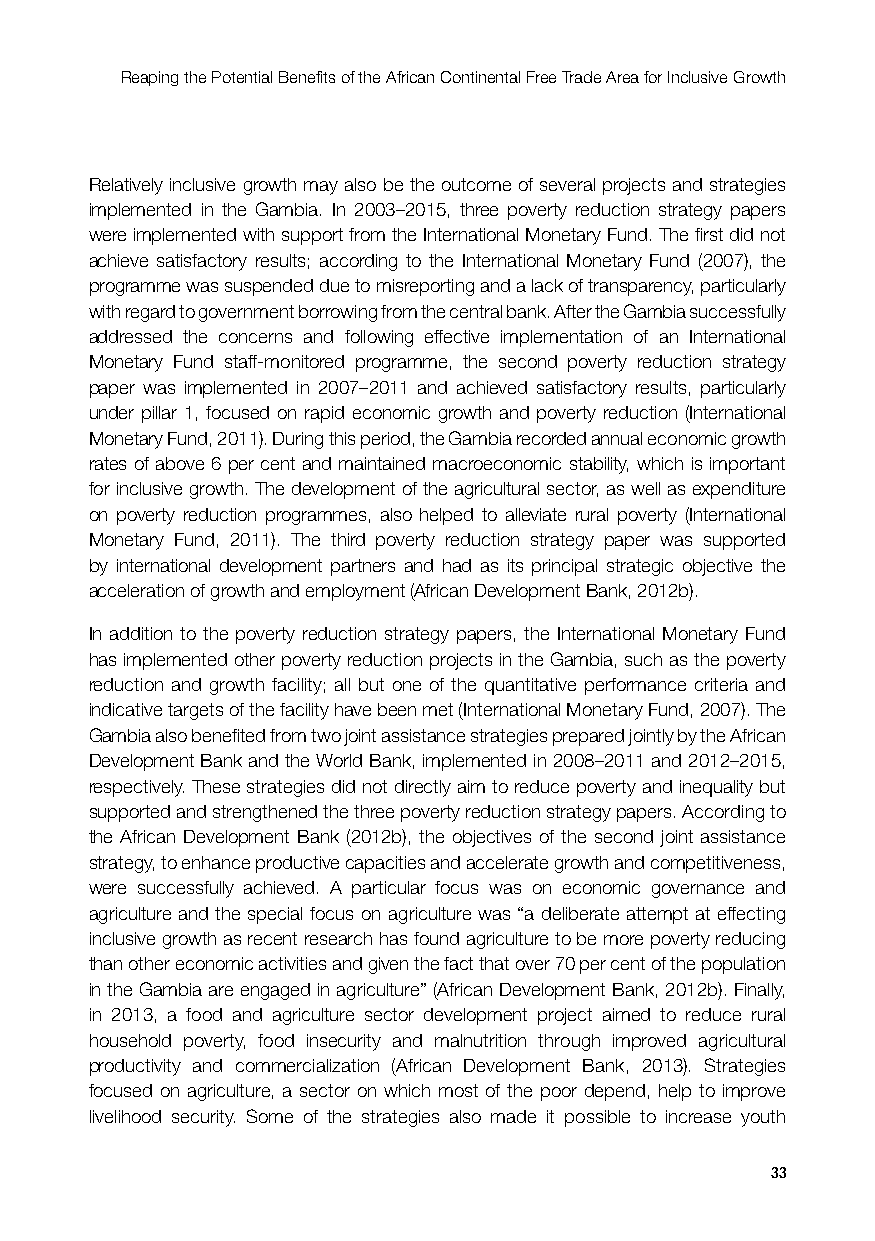
Reaping the Potential Benefits of the African Continental Free Trade Area for Inclusive Growth
 Relatively inclusive growth may also be the outcome of several projects and strategies
 implemented in the Gambia. In 2003–2015, three poverty reduction strategy papers
 were implemented with support from the International Monetary Fund. The first did not
 achieve satisfactory results; according to the International Monetary Fund (2007), the
 programme was suspended due to misreporting and a lack of transparency, particularly
 with regard to government borrowing from the central bank. After the Gambia successfully
 addressed the concerns and following effective implementation of an International
 Monetary Fund staff-monitored programme, the second poverty reduction strategy
 paper was implemented in 2007–2011 and achieved satisfactory results, particularly
 under pillar 1, focused on rapid economic growth and poverty reduction (International
 Monetary Fund, 2011). During this period, the Gambia recorded annual economic growth
 rates of above 6 per cent and maintained macroeconomic stability, which is important
 for inclusive growth. The development of the agricultural sector, as well as expenditure
 on poverty reduction programmes, also helped to alleviate rural poverty (International
 Monetary Fund, 2011). The third poverty reduction strategy paper was supported
 by international development partners and had as its principal strategic objective the
 acceleration of growth and employment (African Development Bank, 2012b).
 In addition to the poverty reduction strategy papers, the International Monetary Fund
 has implemented other poverty reduction projects in the Gambia, such as the poverty
 reduction and growth facility; all but one of the quantitative performance criteria and
 indicative targets of the facility have been met (International Monetary Fund, 2007). The
 Gambia also benefited from two joint assistance strategies prepared jointly by the African
 Development Bank and the World Bank, implemented in 2008–2011 and 2012–2015,
 respectively. These strategies did not directly aim to reduce poverty and inequality but
 supported and strengthened the three poverty reduction strategy papers. According to
 the African Development Bank (2012b), the objectives of the second joint assistance
 strategy, to enhance productive capacities and accelerate growth and competitiveness,
 were successfully achieved. A particular focus was on economic governance and
 agriculture and the special focus on agriculture was “a deliberate attempt at effecting
 inclusive growth as recent research has found agriculture to be more poverty reducing
 than other economic activities and given the fact that over 70 per cent of the population
 in the Gambia are engaged in agriculture” (African Development Bank, 2012b). Finally,
 in 2013, a food and agriculture sector development project aimed to reduce rural
 household poverty, food insecurity and malnutrition through improved agricultural
 productivity and commercialization (African Development Bank, 2013). Strategies
 focused on agriculture, a sector on which most of the poor depend, help to improve
 livelihood security. Some of the strategies also made it possible to increase youth
 33